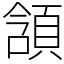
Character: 頷